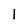
Character: l